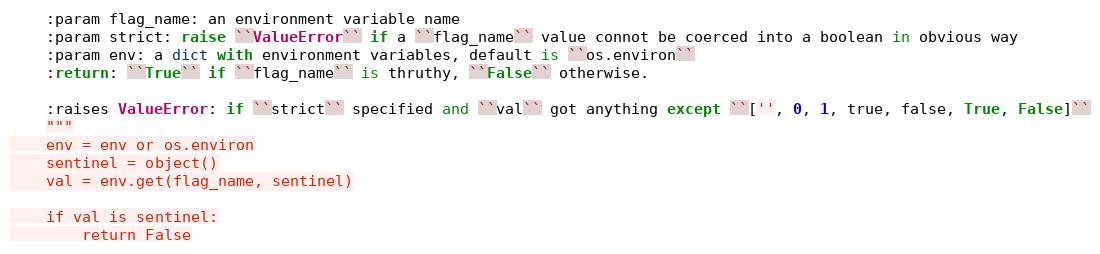
Language: Python
    :param flag_name: an environment variable name
    :param strict: raise ``ValueError`` if a ``flag_name`` value connot be coerced into a boolean in obvious way
    :param env: a dict with environment variables, default is ``os.environ``
    :return: ``True`` if ``flag_name`` is thruthy, ``False`` otherwise.

    :raises ValueError: if ``strict`` specified and ``val`` got anything except ``['', 0, 1, true, false, True, False]``
    """
    env = env or os.environ
    sentinel = object()
    val = env.get(flag_name, sentinel)

    if val is sentinel:
        return False